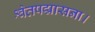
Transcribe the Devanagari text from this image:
श्वेतपद्मासना।